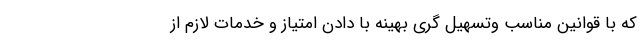
که با قوانین مناسب وتسهیل گری بهینه با دادن امتیاز و خدمات لازم از